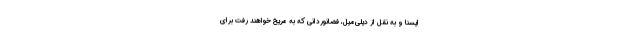
ایسنا و به نقل از دیلی‌میل، فضانوردانی که به مریخ خواهند رفت برای